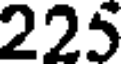
225